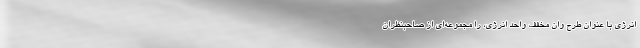
انرژی با عنوان طرح وان مخفف واحد انرژی، را مجموعه‌ای از صاحبنظران